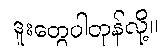
ဒူးတွေပါတုန်လို့။